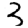
Digit: 3